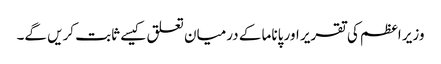
وزیر اعظم کی تقریر اور پاناما کے درمیان تعلق کیسے ثابت کریں گے۔